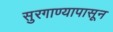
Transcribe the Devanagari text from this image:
सुरगाण्यापासून